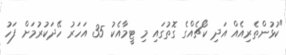
"ކުޅުންތެރިއެއް އަދި ކޯޗެއްގެ ގޮތުގައި މި ޓީމާއެކު 35 އަހަރު ހޭދަކުރުމަށް ފަހު